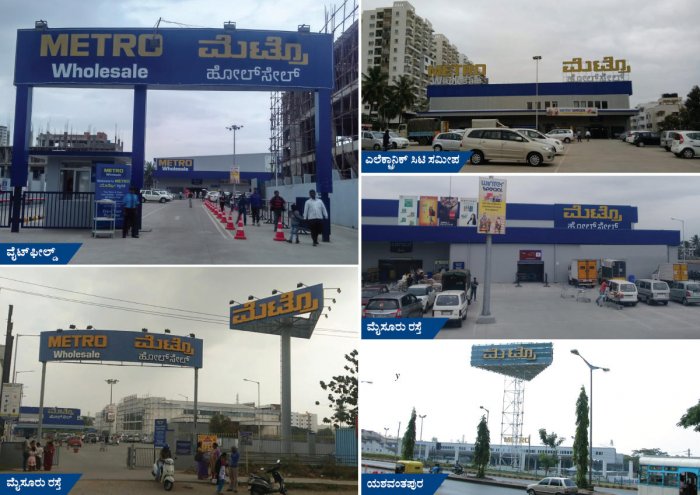
Language: kannada
Transcription: ಮೆಟ್ರೋ